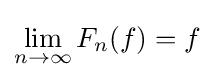
\lim _{n\to \infty }F_{n}(f)=f